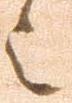
之